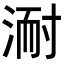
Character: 𭱈